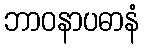
ဘာဝနာပဓာနံ